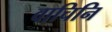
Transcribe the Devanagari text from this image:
वाचिनि